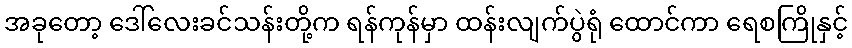
အခုတော့ ဒေါ်လေးခင်သန်းတို့က ရန်ကုန်မှာ ထန်းလျက်ပွဲရုံ ထောင်ကာ ရေစကြိုနှင့်